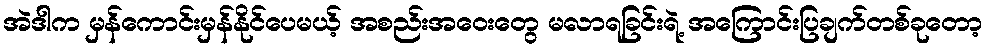
အဲဒါက မှန်ကောင်းမှန်နိုင်ပေမယ့် အစည်းအဝေးတွေ မလာရခြင်းရဲ့ အကြောင်းပြချက်တစ်ခုတော့